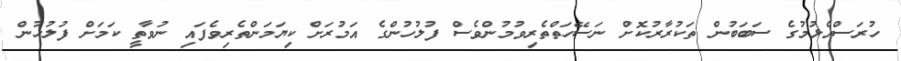
ހުރަސްއެޅުމުގެ ސަބަބުން ތަކުރާރުކޮށް ނަސޭހަތްތެރިވުމުންވެސް ފުލުހުންގެ އަމުރަށް ކިޔަމަންތެރިވެފައި ނުވާތީ ކަމަށް ފުލުހުން